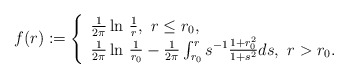
\begin{align*}f(r):=\left\{\begin{array}{ll} \frac{1}{2\pi}\ln\,\frac{1}{r},\,\,r\leq r_{0},\\ \frac{1}{2\pi}\ln\,\frac{1}{r_0}-\frac{1}{2\pi}\int_{r_{0}}^{r}s^{-1}\frac{1+r_{0}^{2}}{1+s^{2}}ds, \,\,r>r_{0}. \\\end{array}\right.\end{align*}